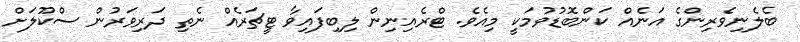
ބެލެނިވެރިންގެ އަނެއް ކަންބޮޑުވުމަކީ މިއެވެ. ޓްރެއިނިން ލިބިފައިވާ ޓީޗަރެއް ނެތި ދަރިވަރުން ސްކޫލަށް